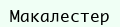
Макалестер